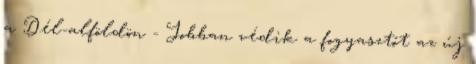
a Dél-alföldön - Jobban védik a fogyasztót az új